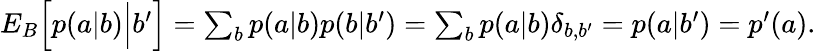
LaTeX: \begin{array}{r}{{E}_{B}\Big[p(a|b)\Big|b^{\prime}\Big]=\sum_{b}p(a|b)p(b|b^{\prime})=\sum_{b}p(a|b)\delta_{b,b^{\prime}}=p(a|b^{\prime})=p^{\prime}(a).}\end{array}